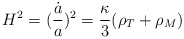
\begin{align*}H^2=(\frac{\dot{a}}{a})^2=\frac{\kappa}{3}(\rho_T+\rho_M)\end{align*}